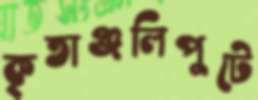
কৃতাঞ্জলিপুটে